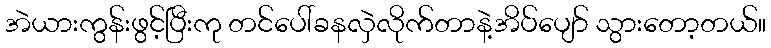
အဲယားကွန်းဖွင့်ပြီးကု တင်ပေါ်ခနလှဲလိုက်တာနဲ့အိပ်ပျော် သွားတော့တယ်။